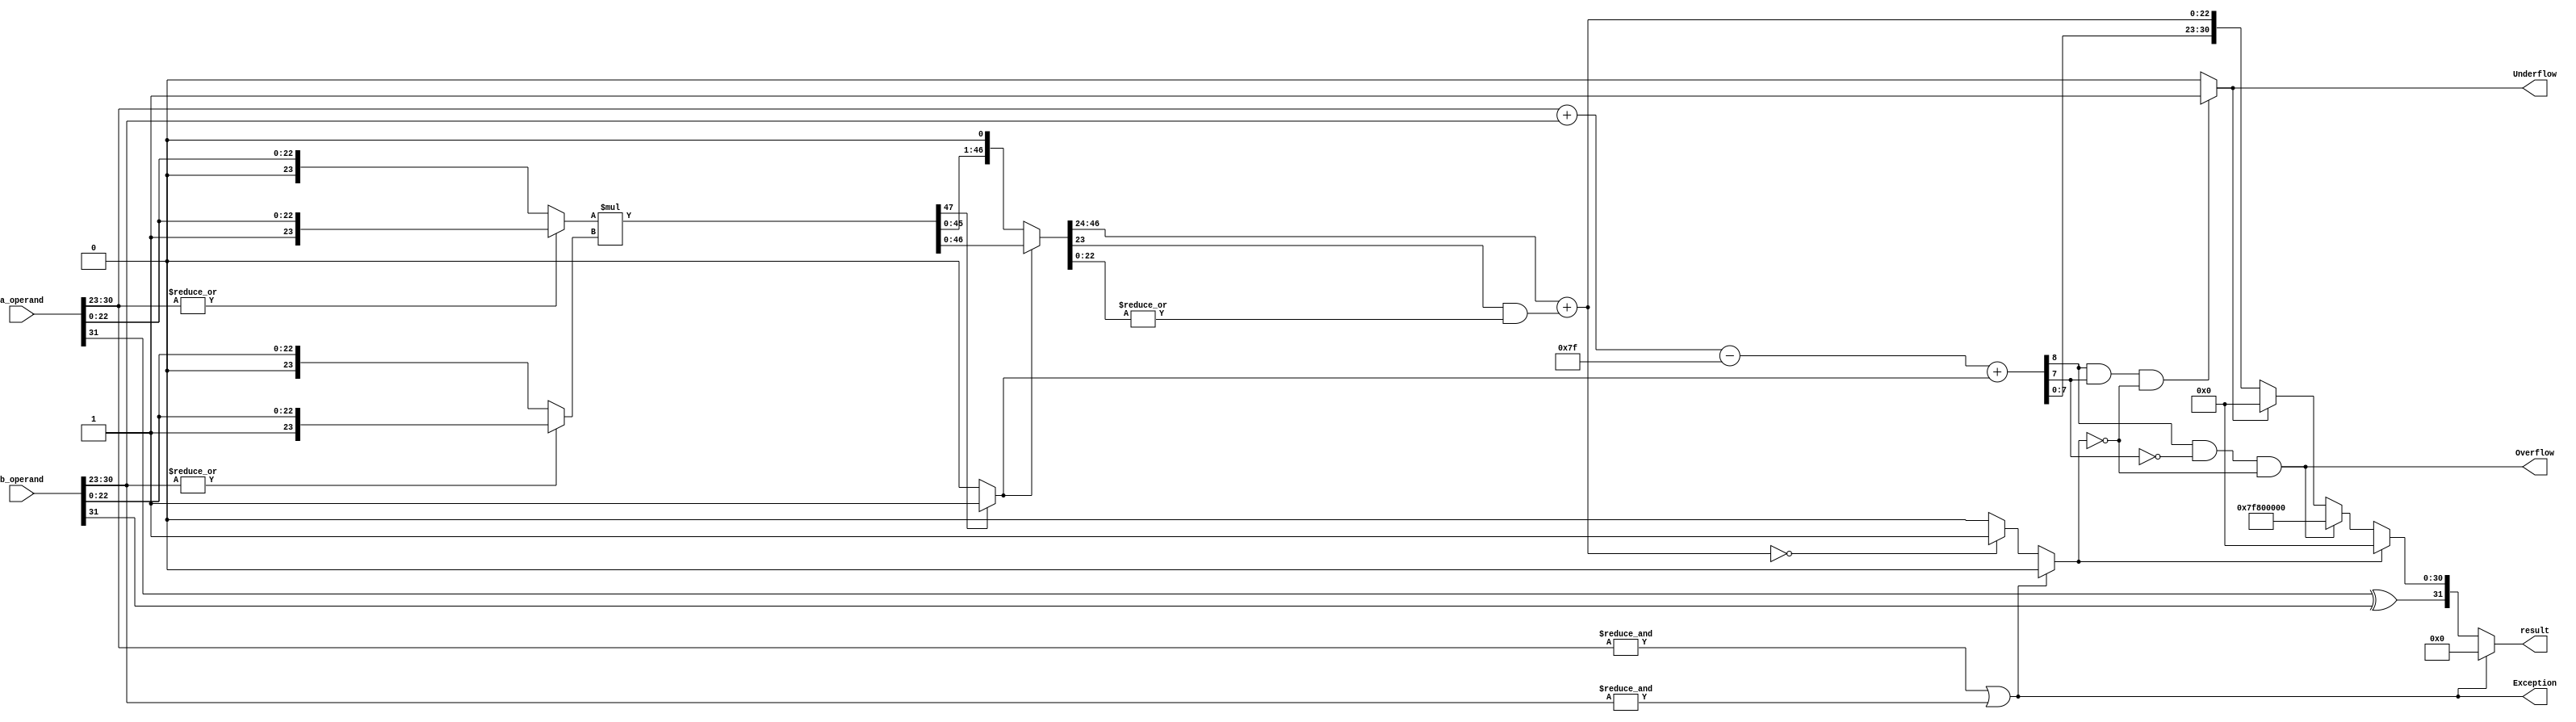
////////////////////////////////////////////////////////////////////////////////////////////////////////////////////
//Project Name: Design of 32 Bit Floating Point ALU Based on Standard IEEE-754 in Verilog and its implementation on FPGA.
//University: Dayalbagh Educational Institute
////////////////////////////////////////////////////////////////////////////////////////////////////////////////////

module Multiplication(
		input [31:0] a_operand,
		input [31:0] b_operand,
		output Exception,Overflow,Underflow,
		output [31:0] result
		);

wire sign,product_round,normalised,zero;
wire [8:0] exponent,sum_exponent;
wire [22:0] product_mantissa;
wire [23:0] operand_a,operand_b;
wire [47:0] product,product_normalised; //48 Bits


assign sign = a_operand[31] ^ b_operand[31];

//Exception flag sets 1 if either one of the exponent is 255.
assign Exception = (&a_operand[30:23]) | (&b_operand[30:23]);

//Assigining significand values according to Hidden Bit.
//If exponent is equal to zero then hidden bit will be 0 for that respective significand else it will be 1

assign operand_a = (|a_operand[30:23]) ? {1'b1,a_operand[22:0]} : {1'b0,a_operand[22:0]};

assign operand_b = (|b_operand[30:23]) ? {1'b1,b_operand[22:0]} : {1'b0,b_operand[22:0]};

assign product = operand_a * operand_b;			//Calculating Product

assign product_round = |product_normalised[22:0];  //Ending 22 bits are OR'ed for rounding operation.

assign normalised = product[47] ? 1'b1 : 1'b0;	

assign product_normalised = normalised ? product : product << 1;	//Assigning Normalised value based on 48th bit

//Final Manitssa.
assign product_mantissa = product_normalised[46:24] + {21'b0,(product_normalised[23] & product_round)};

assign zero = Exception ? 1'b0 : (product_mantissa == 23'd0) ? 1'b1 : 1'b0;

assign sum_exponent = a_operand[30:23] + b_operand[30:23];

assign exponent = sum_exponent - 8'd127 + normalised;

assign Overflow = ((exponent[8] & !exponent[7]) & !zero) ; //If overall exponent is greater than 255 then Overflow condition.
//Exception Case when exponent reaches its maximu value that is 384.

//If sum of both exponents is less than 127 then Underflow condition.
assign Underflow = ((exponent[8] & exponent[7]) & !zero) ? 1'b1 : 1'b0; 

assign result = Exception ? 32'd0 : zero ? {sign,31'd0} : Overflow ? {sign,8'hFF,23'd0} : Underflow ? {sign,31'd0} : {sign,exponent[7:0],product_mantissa};


endmodule